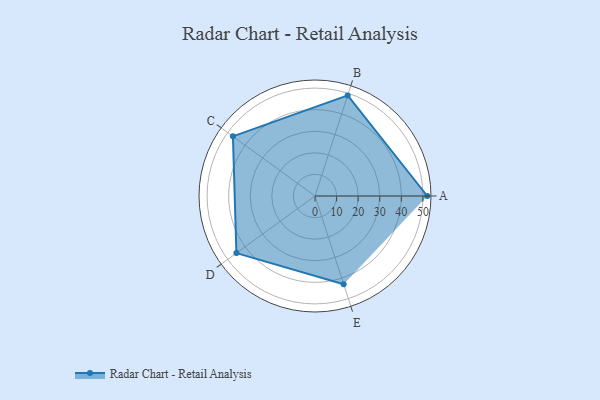
{"axis": {"x": "Skill", "y": "Score"}, "legend": ["Profile"], "data": [{"x": "A", "y": 52.0, "type": "Profile"}, {"x": "B", "y": 49.0, "type": "Profile"}, {"x": "C", "y": 47.0, "type": "Profile"}, {"x": "D", "y": 45.0, "type": "Profile"}, {"x": "E", "y": 43.0, "type": "Profile"}]}